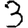
Digit: 3